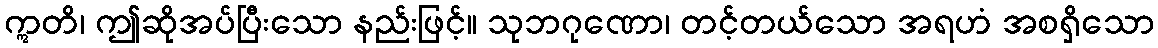
ဣတိ၊ ဤဆိုအပ်ပြီးသော နည်းဖြင့်။ သုဘဂုဏော၊ တင့်တယ်သော အရဟံ အစရှိသော